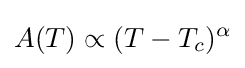
A(T)\propto (T-T_{c})^{\alpha }